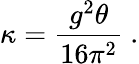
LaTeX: \kappa={\frac{g^{2}\theta}{16\pi^{2}}}\ .